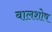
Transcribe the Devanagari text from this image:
बालशोष